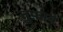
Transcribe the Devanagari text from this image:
तुफ़ान